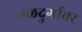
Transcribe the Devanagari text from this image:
नळदुर्गावर